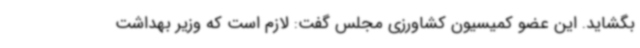
بگشاید. این عضو کمیسیون کشاورزی مجلس گفت: لازم است که وزیر بهداشت